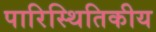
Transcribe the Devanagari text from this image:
पारिस्‍थितिकीय